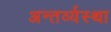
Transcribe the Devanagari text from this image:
अन्तर्व्यस्था